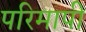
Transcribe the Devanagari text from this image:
परिमापी